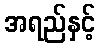
အရည်နှင့်